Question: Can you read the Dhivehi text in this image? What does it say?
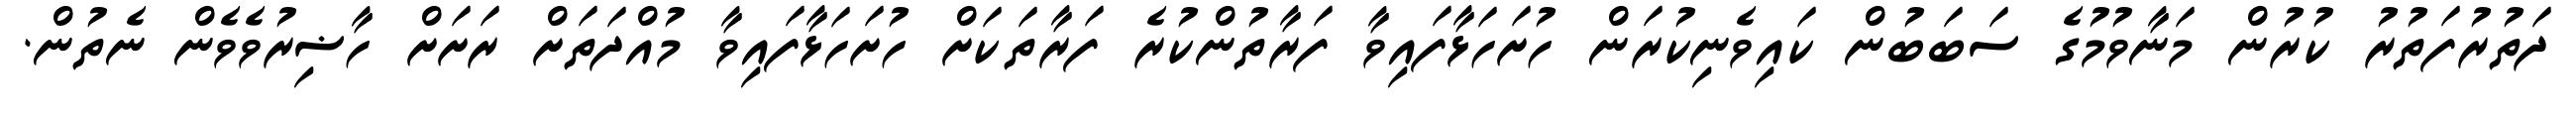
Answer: ދަތުރުފަތުރު ކުރުން މަނާވުމުގެ ސަބަބުން ކައިވެނިކުރަން ހުށަހަޅާފައިވާ ފަރާތުންކުރެ ފަރާތަކަށް ހުށަހަޅާފައިވާ މުއްދަތަށް ރަށަށް ހާޟިރުވެވެން ނެތުން.